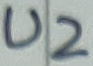
Text: U2